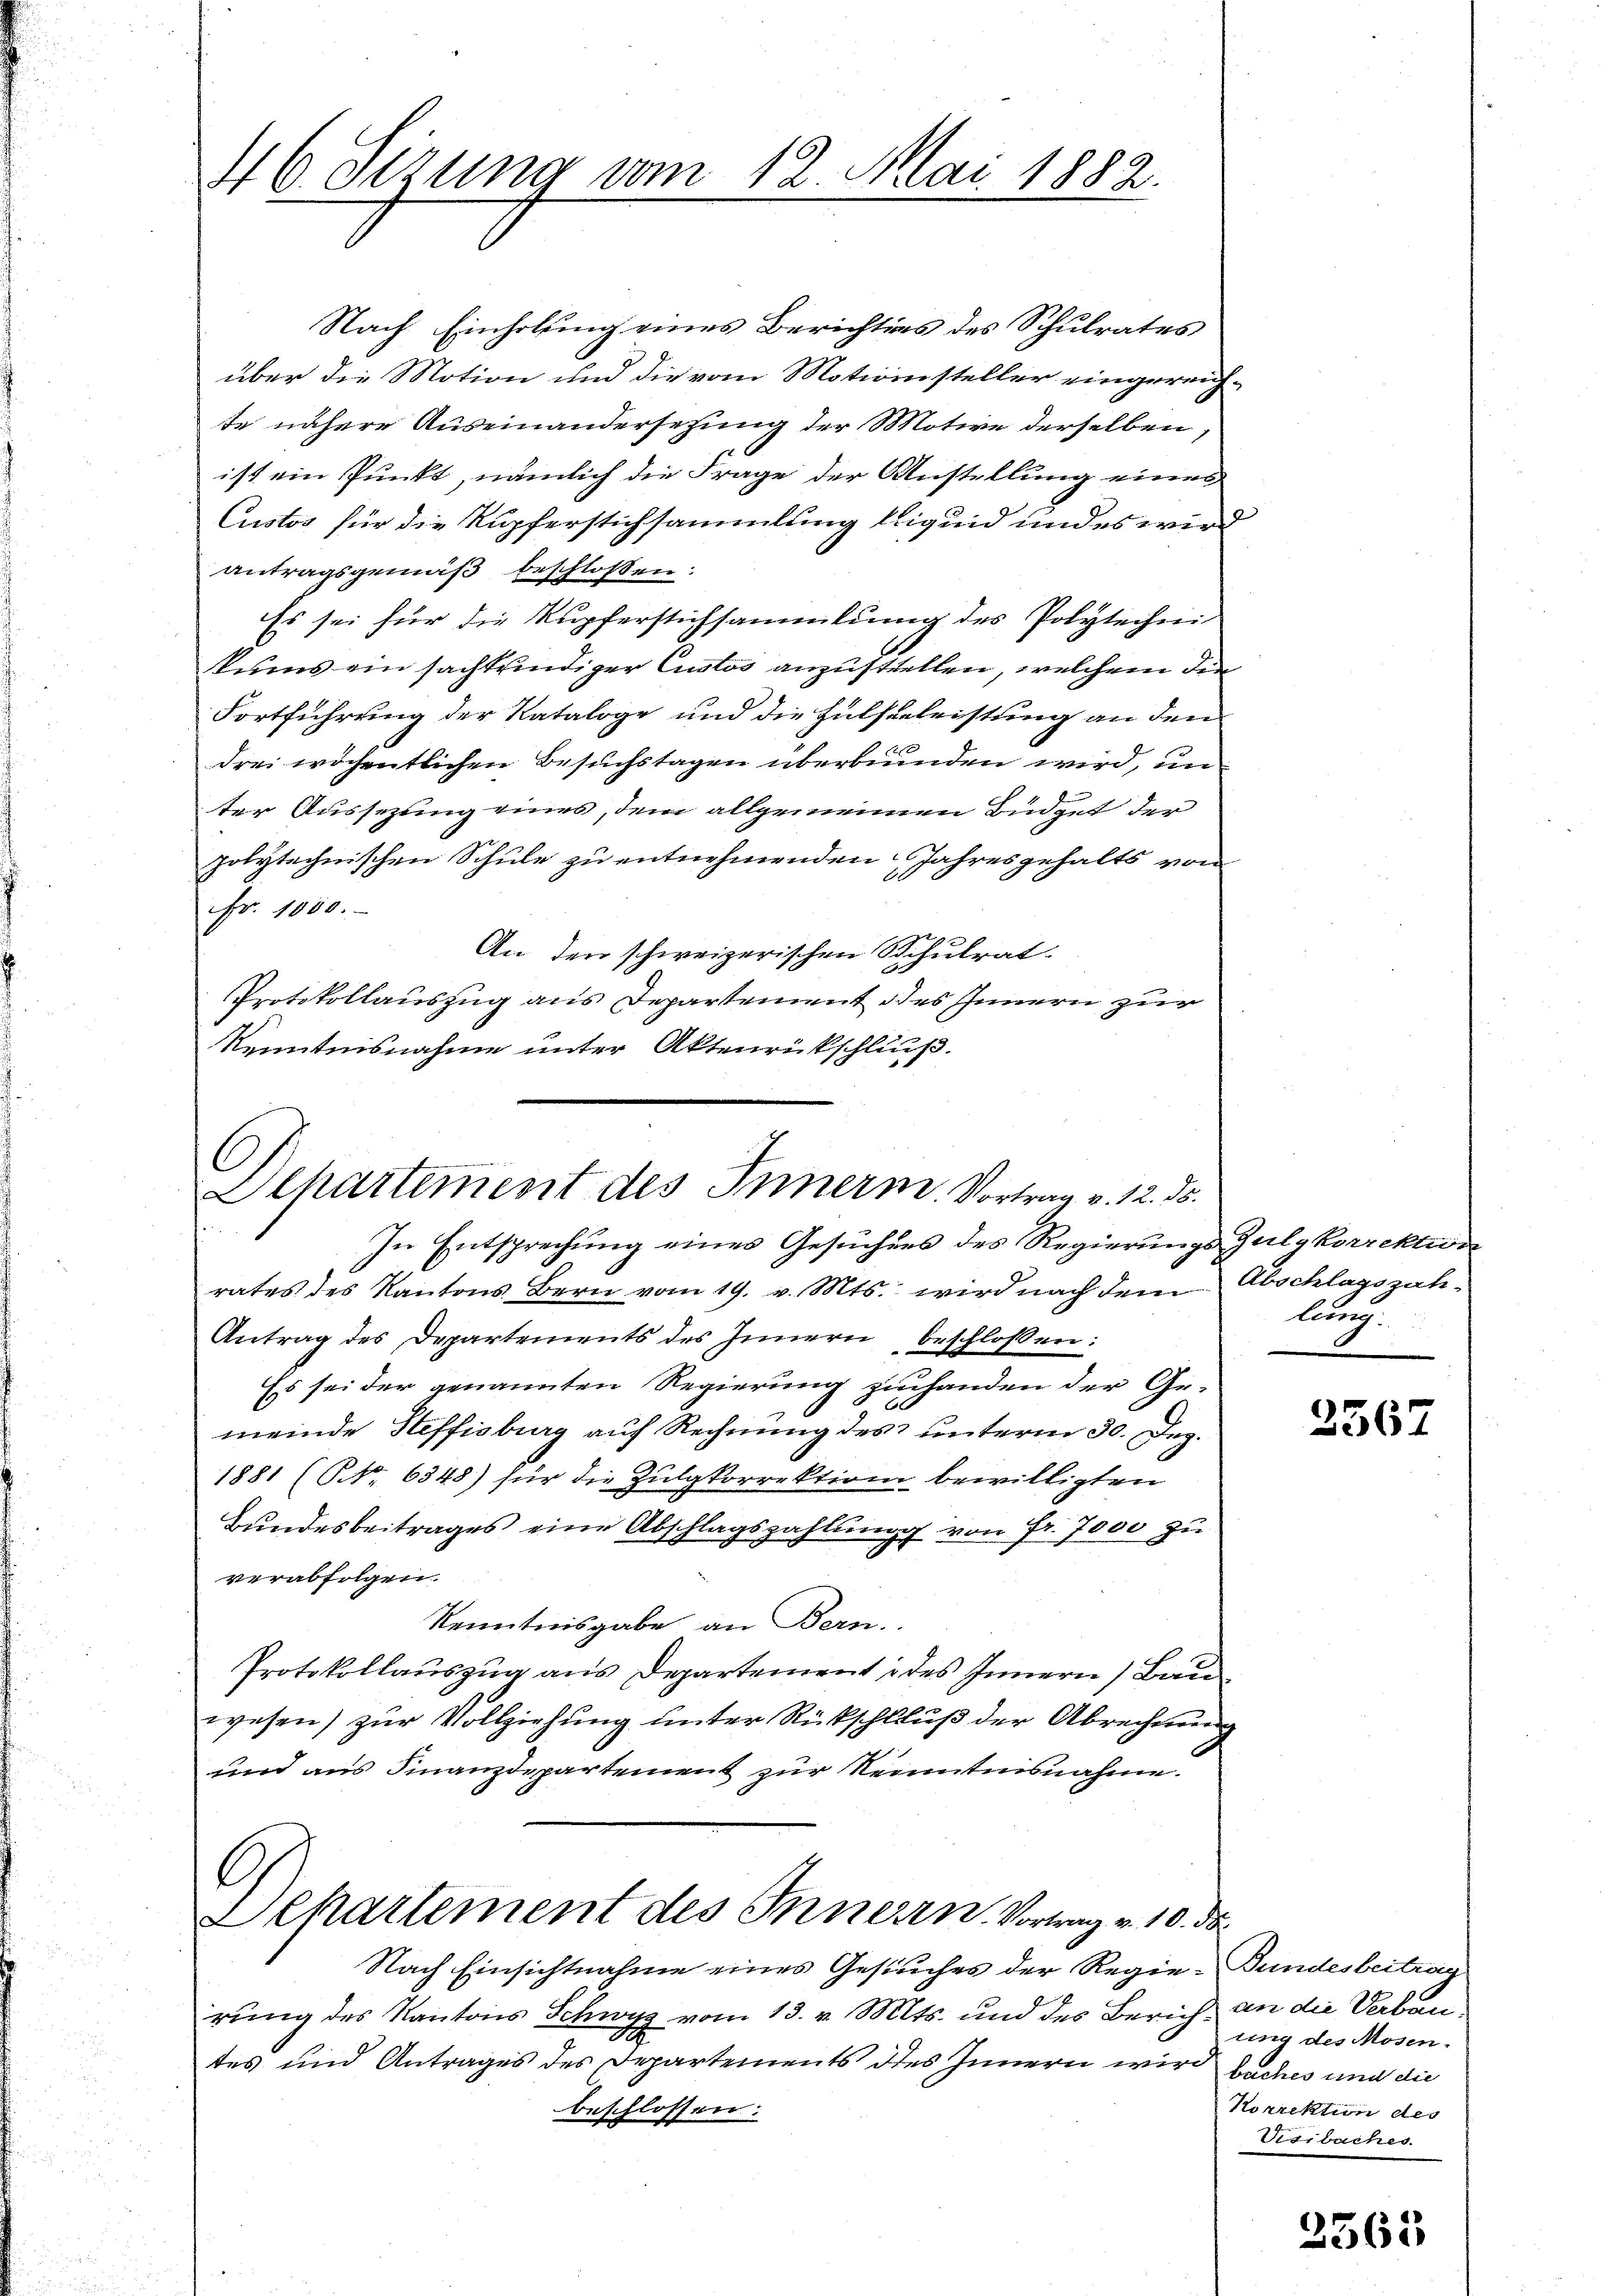
46. Setzung vom 12. Mai 1882.

Nach Einholung eines Berichtens des Schulrates
über die Motion und die vom Motionssteller eingereichte nähere Auseinandersetzung der Motive derselben,
ist ein Punkt, nämlich die Frage der Anstellung eines
Custos für die Kupferstichsammlung liquid und es wird
antragsgemäß beschlossen:
Es sei für die Kupferstichsammlung des Polytechni
kums ein sachteindiger Custos anzustellen, welchem den
Fortführung der Kataloge und die Hülseeleistung an den
drei wöchentlichen Besuchstagen überbunden wird, un
ter Aussezung eines, dem allgemeinen Büdget der
polytechnischen Schule zu entnehmenden Jahresgehalts von
Nr. 1000.
An der schweizerischen Schulrat.
Protokollauszug aus Departement des Innern zur
Kenntnisnahme unter Aktenrückschluß.

C
Departement des Innern. Vortrag v. 12. ds.
In Entsprechung eines Gesuchens des Regierungs-Gulgkorrektion

lung.

rates des Kantons Bern vom 19. v. Mts. wird nach dem Abschlagszah¬
Antrag des Departements des Innern beschlossen:
Es sei der genannten Regierung zuhanden der Ge-
meinde Steffisburg auf Rechnung des unterm 30. Dez.
1881 (NNo. 6348) für die Zulgkorrektion bewilligten
Bundesbeitrages eine Abschlagszahlung von Fr. 7000 zu
verabfolgen.
Kenntnisgabe an Bern.
Protokollauszug aus Departement des Innern (Bauwesen) zur Vollziehung unter Rückschluß der Abrechnung
und aus Finanzdepartement zur Kenntnisnahme.
Departement des Innern, Vortrag v. 10. d
Nach Einsichtnahme eines Gesuches der Regie-Bundesbeitrag
rung des Kantons Schwyz vom 13. v. Mts. und des Zürich an die Saben,
tes und Antrages des Departements des Innern wird saches und die
beschlossen:

2567

ung des Mosen.
Korrektion des
Visibaches

3563